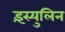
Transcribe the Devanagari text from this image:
इंस्युलिन